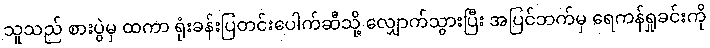
သူသည် စားပွဲမှ ထကာ ရုံးခန်းပြတင်းပေါက်ဆီသို့ လျှောက်သွားပြီး အပြင်ဘက်မှ ရေကန်ရှုခင်းကို